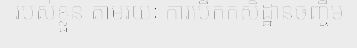
របស់ខ្លួន តាមរយៈ ការបើកកសិដ្ឋានចញ្ចឹម